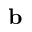
\mathbf { b }